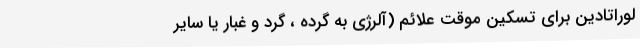
لوراتادین برای تسکین موقت علائم (آلرژی به گرده ، گرد و غبار یا سایر